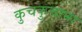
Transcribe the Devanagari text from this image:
कुचकुचाना